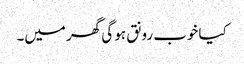
کیا خوب رونق ہو گی گھر میں۔